Annual report of the Punjab Veterinary College and of the Civil Veterinary Department, Punjab - 1920-1925
Year: 1920
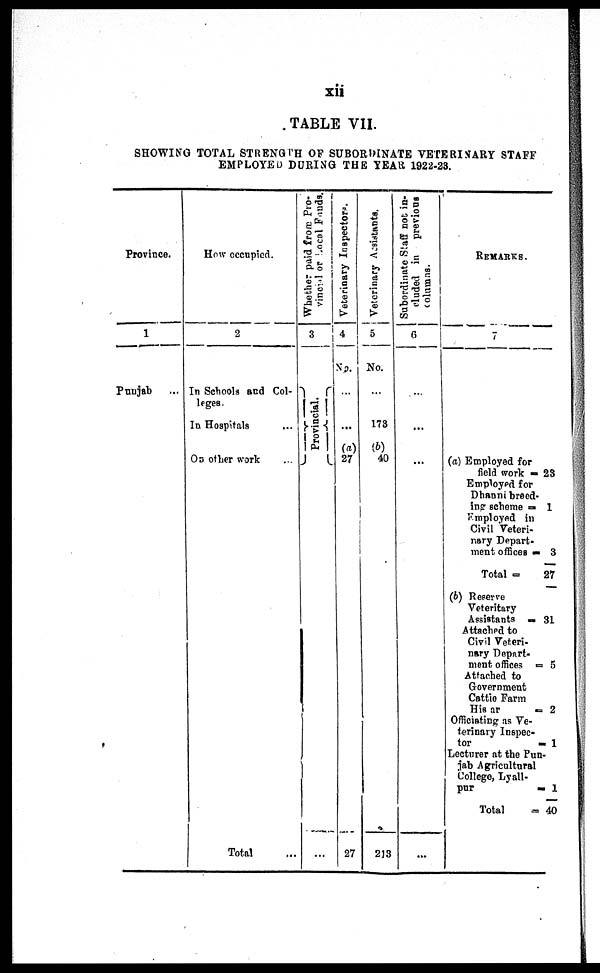
xii
TABLE VII.
SHOWI NG TOTAL STRENGTH O F SUBORDI NATE VETERI NARY STAFF
EMPLOYED DURI NG T H E YEAR 1922- 23.
Provi nce.
1
Punj ab ...
How occupi ed.
2
I n School s a n d Col -
l eges.
In Hospi t al s ....
On other work ...
Tot al
Whether paid from Pro-
vincial or Local Funds.
3
}Provincial.{
...
Veterinary Inspectors.
4
No.
...
...
(a)
27
27
Veterinary Assistants.
5
N o .
...
178
(b)
40
213
| Subordinate Staff nob in-
cluded
in previous
columns.
6
...
...
...
...
REMARKS.
7
(a) Empl oyed f o r
field wor k =23
Empl oyed f or
Dhanni br eed-
i ng s cheme = 1
Empl oyed i n
Ci vi l Vet eri -
nar y Depar t -
ment of f i ces = 3
Tot al = 27
( b ) Reser ve
Vet eri t ary
Assi st ant s = 31
At t ached t o
Ci vi l Vet eri -
nar y Depar t -
ment of f i ces = 5
At t ached t o
Gover nment
Cat t l e Far m
Hi ssar = 2
Of f i ci at i ng as V e -
t eri nary I nspec-
t or = 1
Lect ur er at t he Pun-
j ab Agri cul t ural
Col l ege, Lyal l -
pur = 1
Tot al = 40